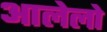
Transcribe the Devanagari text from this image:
आलेलो